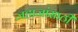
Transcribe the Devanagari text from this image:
जहाजांसाठी